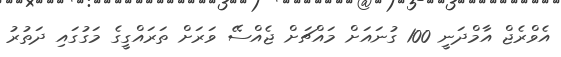
އެވްރެޖް އާމްދަނީ 100 ގުނައަށް މައްޗަށް ޖެއްސޭ ވަރަށް ތަރައްގީގެ މަގުގައި ދަތުރު